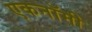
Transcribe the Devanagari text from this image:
एकनॉमी